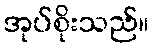
အုပ်စိုးသည်။